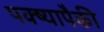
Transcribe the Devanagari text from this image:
पक्ष्यापैकी